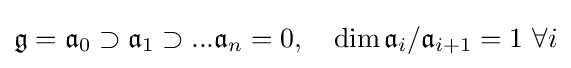
{\mathfrak {g}}={\mathfrak {a}}_{0}\supset {\mathfrak {a}}_{1}\supset ...{\mathfrak {a}}_{n}=0,\quad \operatorname {dim} {\mathfrak {a}}_{i}/{\mathfrak {a}}_{i+1}=1\,\,\forall i